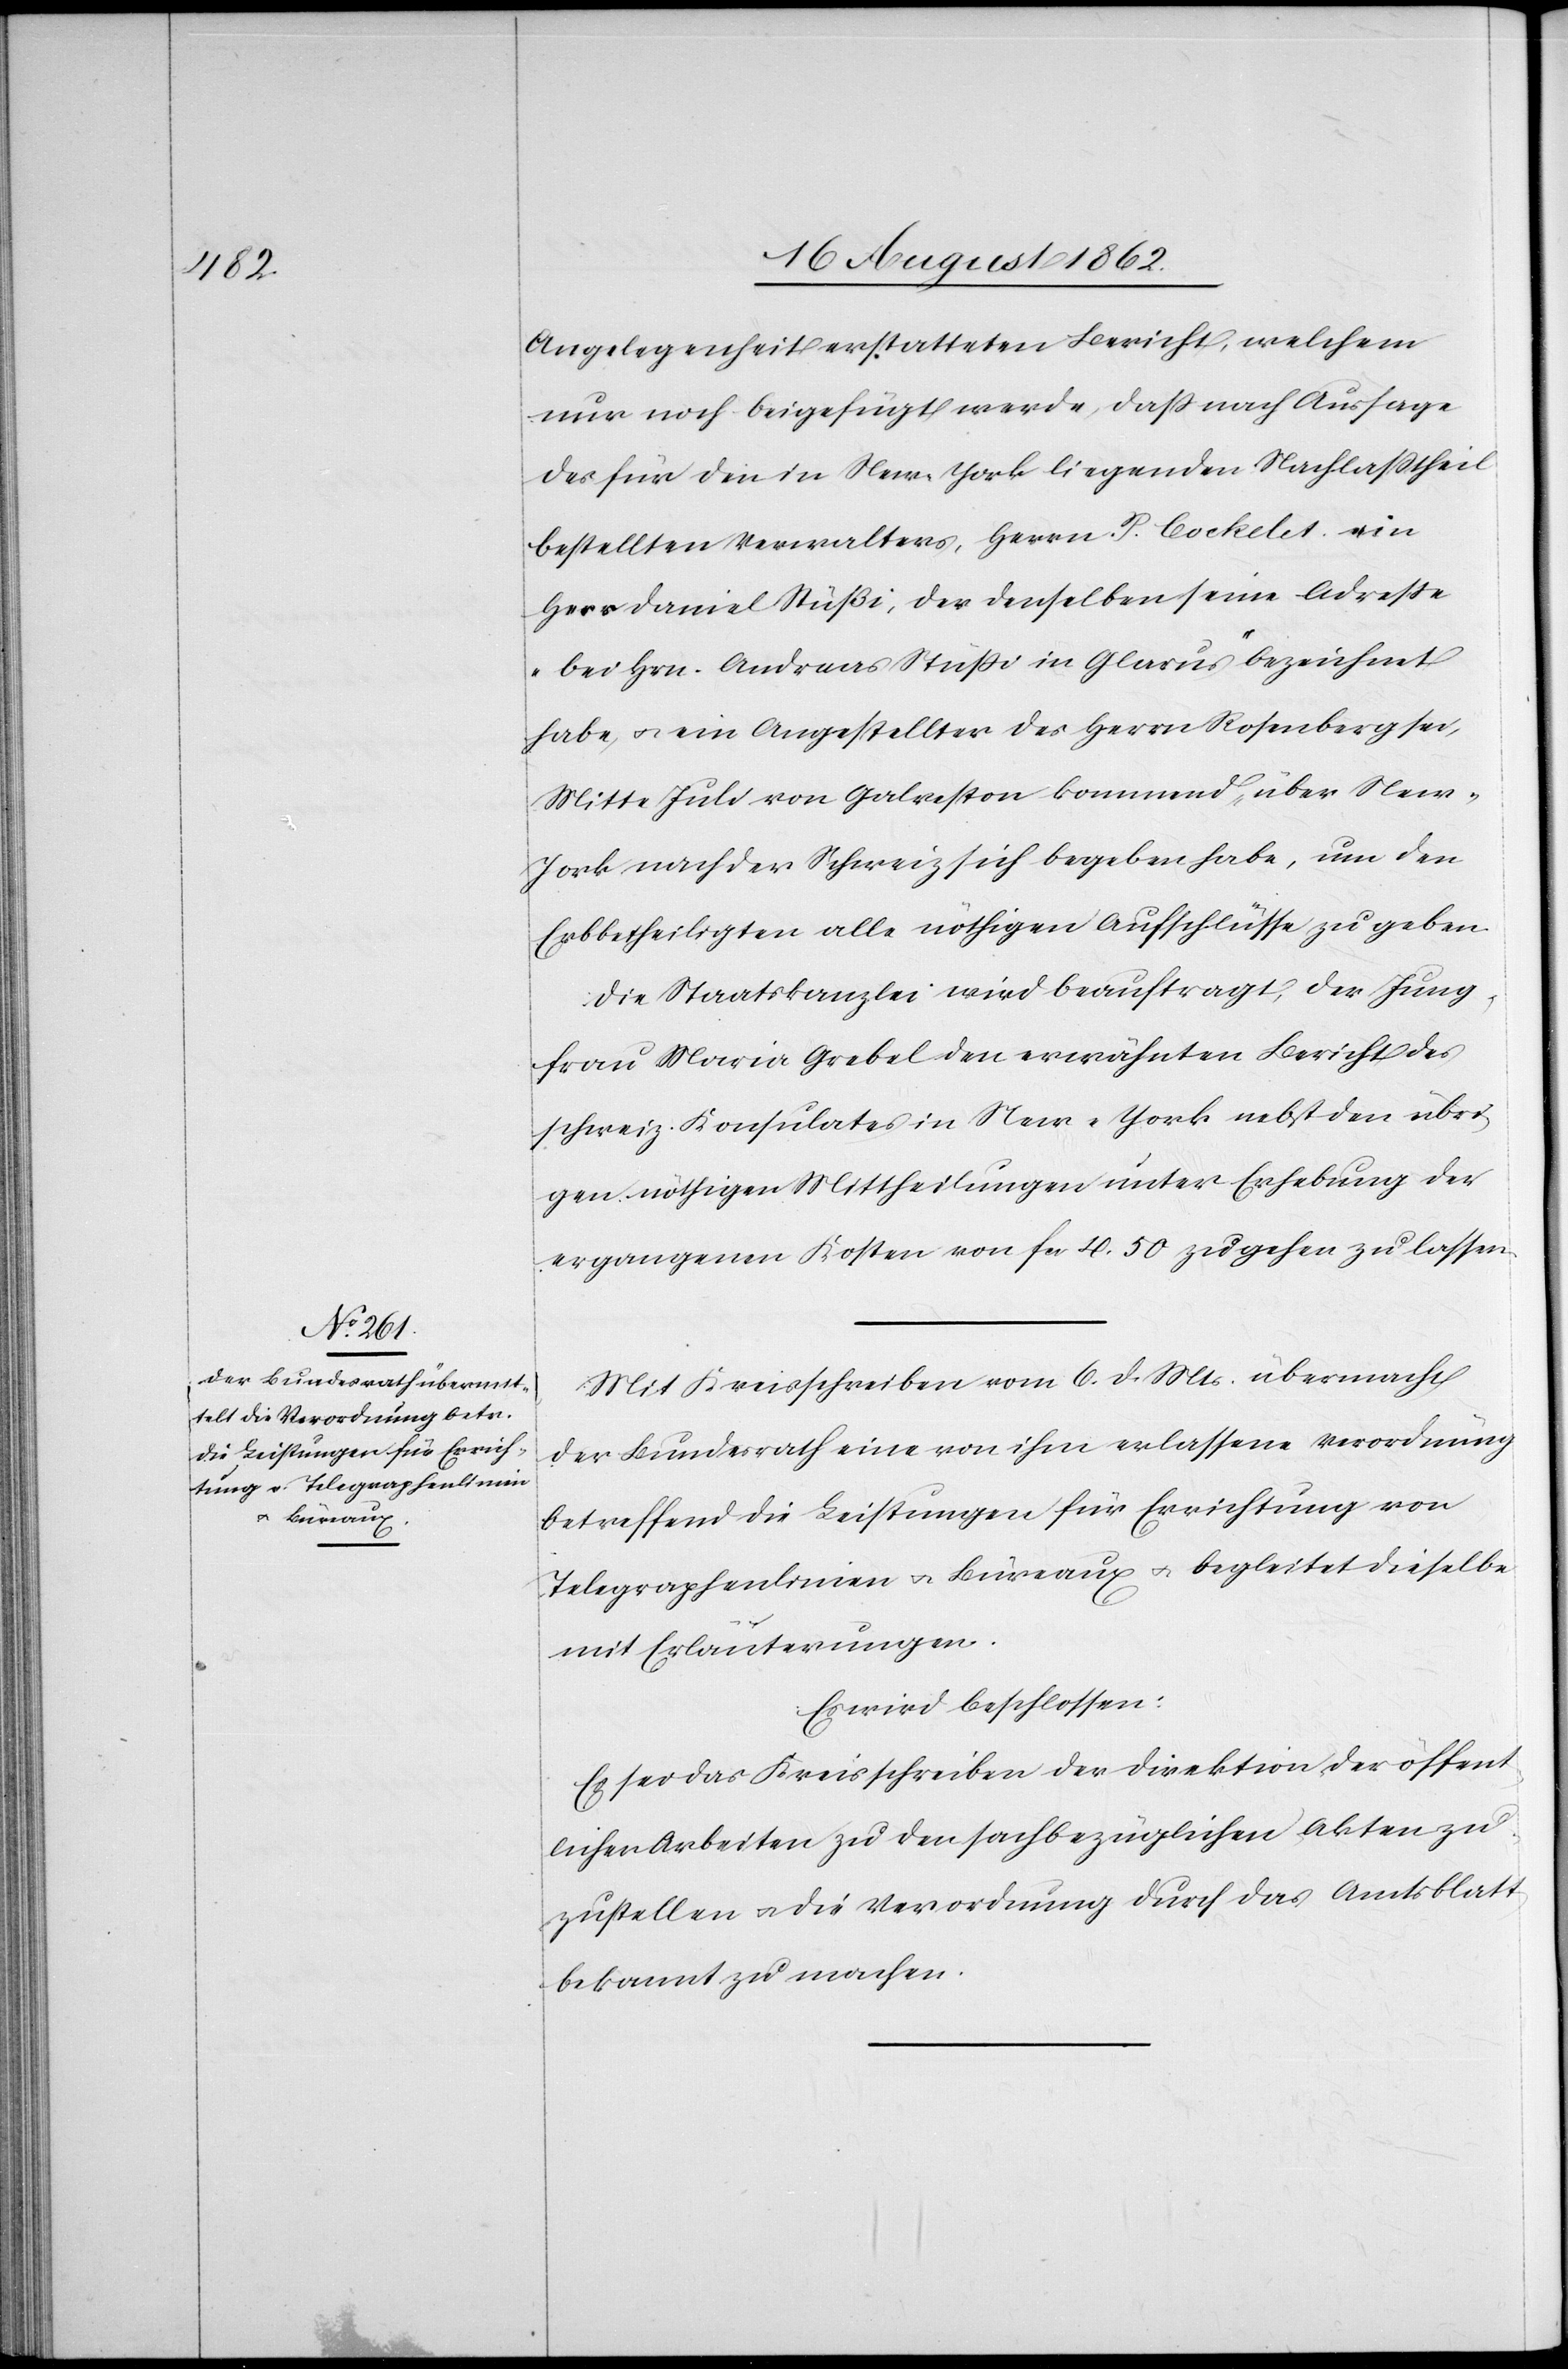
Angelegenheit erstatteten Bericht, welchem
nur noch beigefügt werde, daß nach Aussage
des für den in New-York liegenden Nachlaßtheil
bestellten Verwalters, Herrn P. Cockelet ein
Herr Daniel Stüßi, der denselben seine Adresse
bei Hrn. Andreas Stüßi in Glarus bezeichnet
habe, u. ein Angestellter des Herrn Rosenberg sei,
Mitte Juli von Galreston kommend, über New-Y¬
ork nach der Schweiz sich begeben habe, um den
Erbbetheiligten alle nöthigen Aufschlüsse zu geben.
Die Staatskanzlei wird beauftragt, der Jung¬
frau Maria Grebel den erwähnten Bericht des
schweiz. Konsulates in New-York nebst den übri¬
gen nöthigen Mittheilungen unter Erhebung der
ergangenen Kosten von fcs. 4. 50 zu gehen zu lassen.
Mit Kreisschreiben vom 6. d. Mts. übermacht
der Bundesrath eine von ihm erlassene Verordnung
betreffend die Leistungen für Errichtung von
Telegraphenlinien u. Büreaux u. begleitet dieselbe
mit Erläuterungen.
Es wird beschlossen:
Es sei das Kreisschreiben der Direktion der öffent¬
lichen Arbeiten zu den sachbezüglichen Akten zu¬
zustellen u. die Verordnung durch das Amtsblatt
bekannt zu machen.